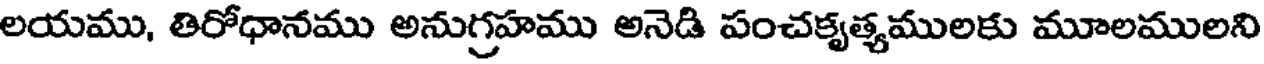
లయము, తిరోధానము అనుగ్రహము అనెడి పంచకృత్యములకు మూలములని